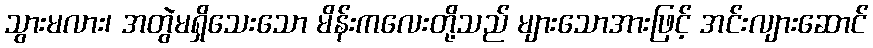
သွားမလား၊ အတွဲမရှိသေးသော မိန်းကလေးတို့သည် များသောအားဖြင့် အင်းလျားဆောင်